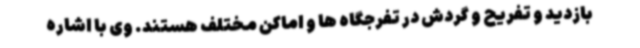
بازدید و تفریح و گردش در تفرجگاه ها و اماکن مختلف هستند. وی با اشاره